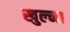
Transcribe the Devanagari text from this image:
खुल्ना